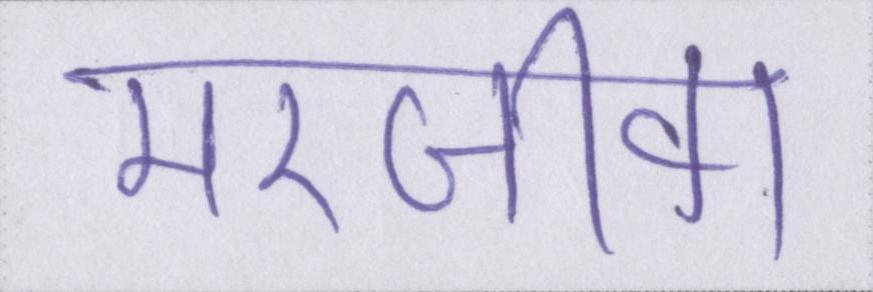
मरजीवा